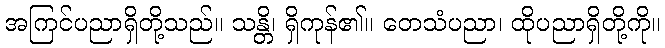
အကြင်ပညာရှိတို့သည်။ သန္တိ၊ ရှိကုန်၏။ တေသံပညာ၊ ထိုပညာရှိတို့ကို။